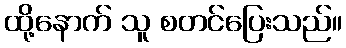
ထို့နောက် သူ စတင်ပြေးသည်။